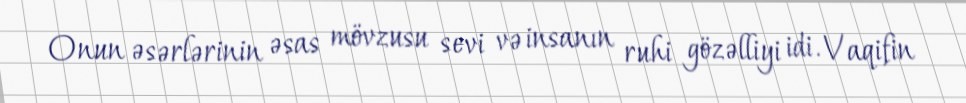
Onun əsərlərinin əsas mövzusu sevi və insanın ruhi gözəlliyi idi. Vaqifin